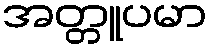
အတ္တူပမာ